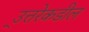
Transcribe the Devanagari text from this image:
उ्त्तरेकडील